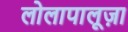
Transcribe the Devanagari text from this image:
लोलापालूज़ा